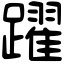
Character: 躍